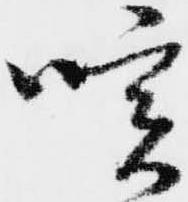
咳